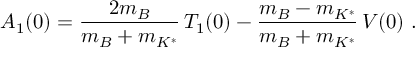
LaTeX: A _ { 1 } ( 0 ) = \frac { 2 m _ { B } } { m _ { B } + m _ { K ^ { * } } } \, T _ { 1 } ( 0 ) - \frac { m _ { B } - m _ { K ^ { * } } } { m _ { B } + m _ { K ^ { * } } } \, V ( 0 ) ~ .